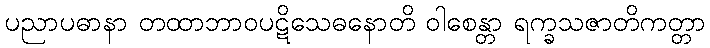
ပညာပဓာနာ တထာဘာဝပဋိသေဓနောတိ ဝါစေန္တာ ရက္ခသဇာတိကတ္တာ